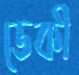
ভেকী